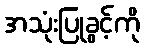
အသုံးပြုခွင့်ကို